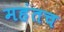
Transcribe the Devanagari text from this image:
महंतच